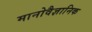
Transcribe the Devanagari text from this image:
मानोवैज्ञानिक